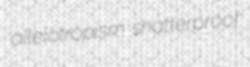
allelotropism shatterproof